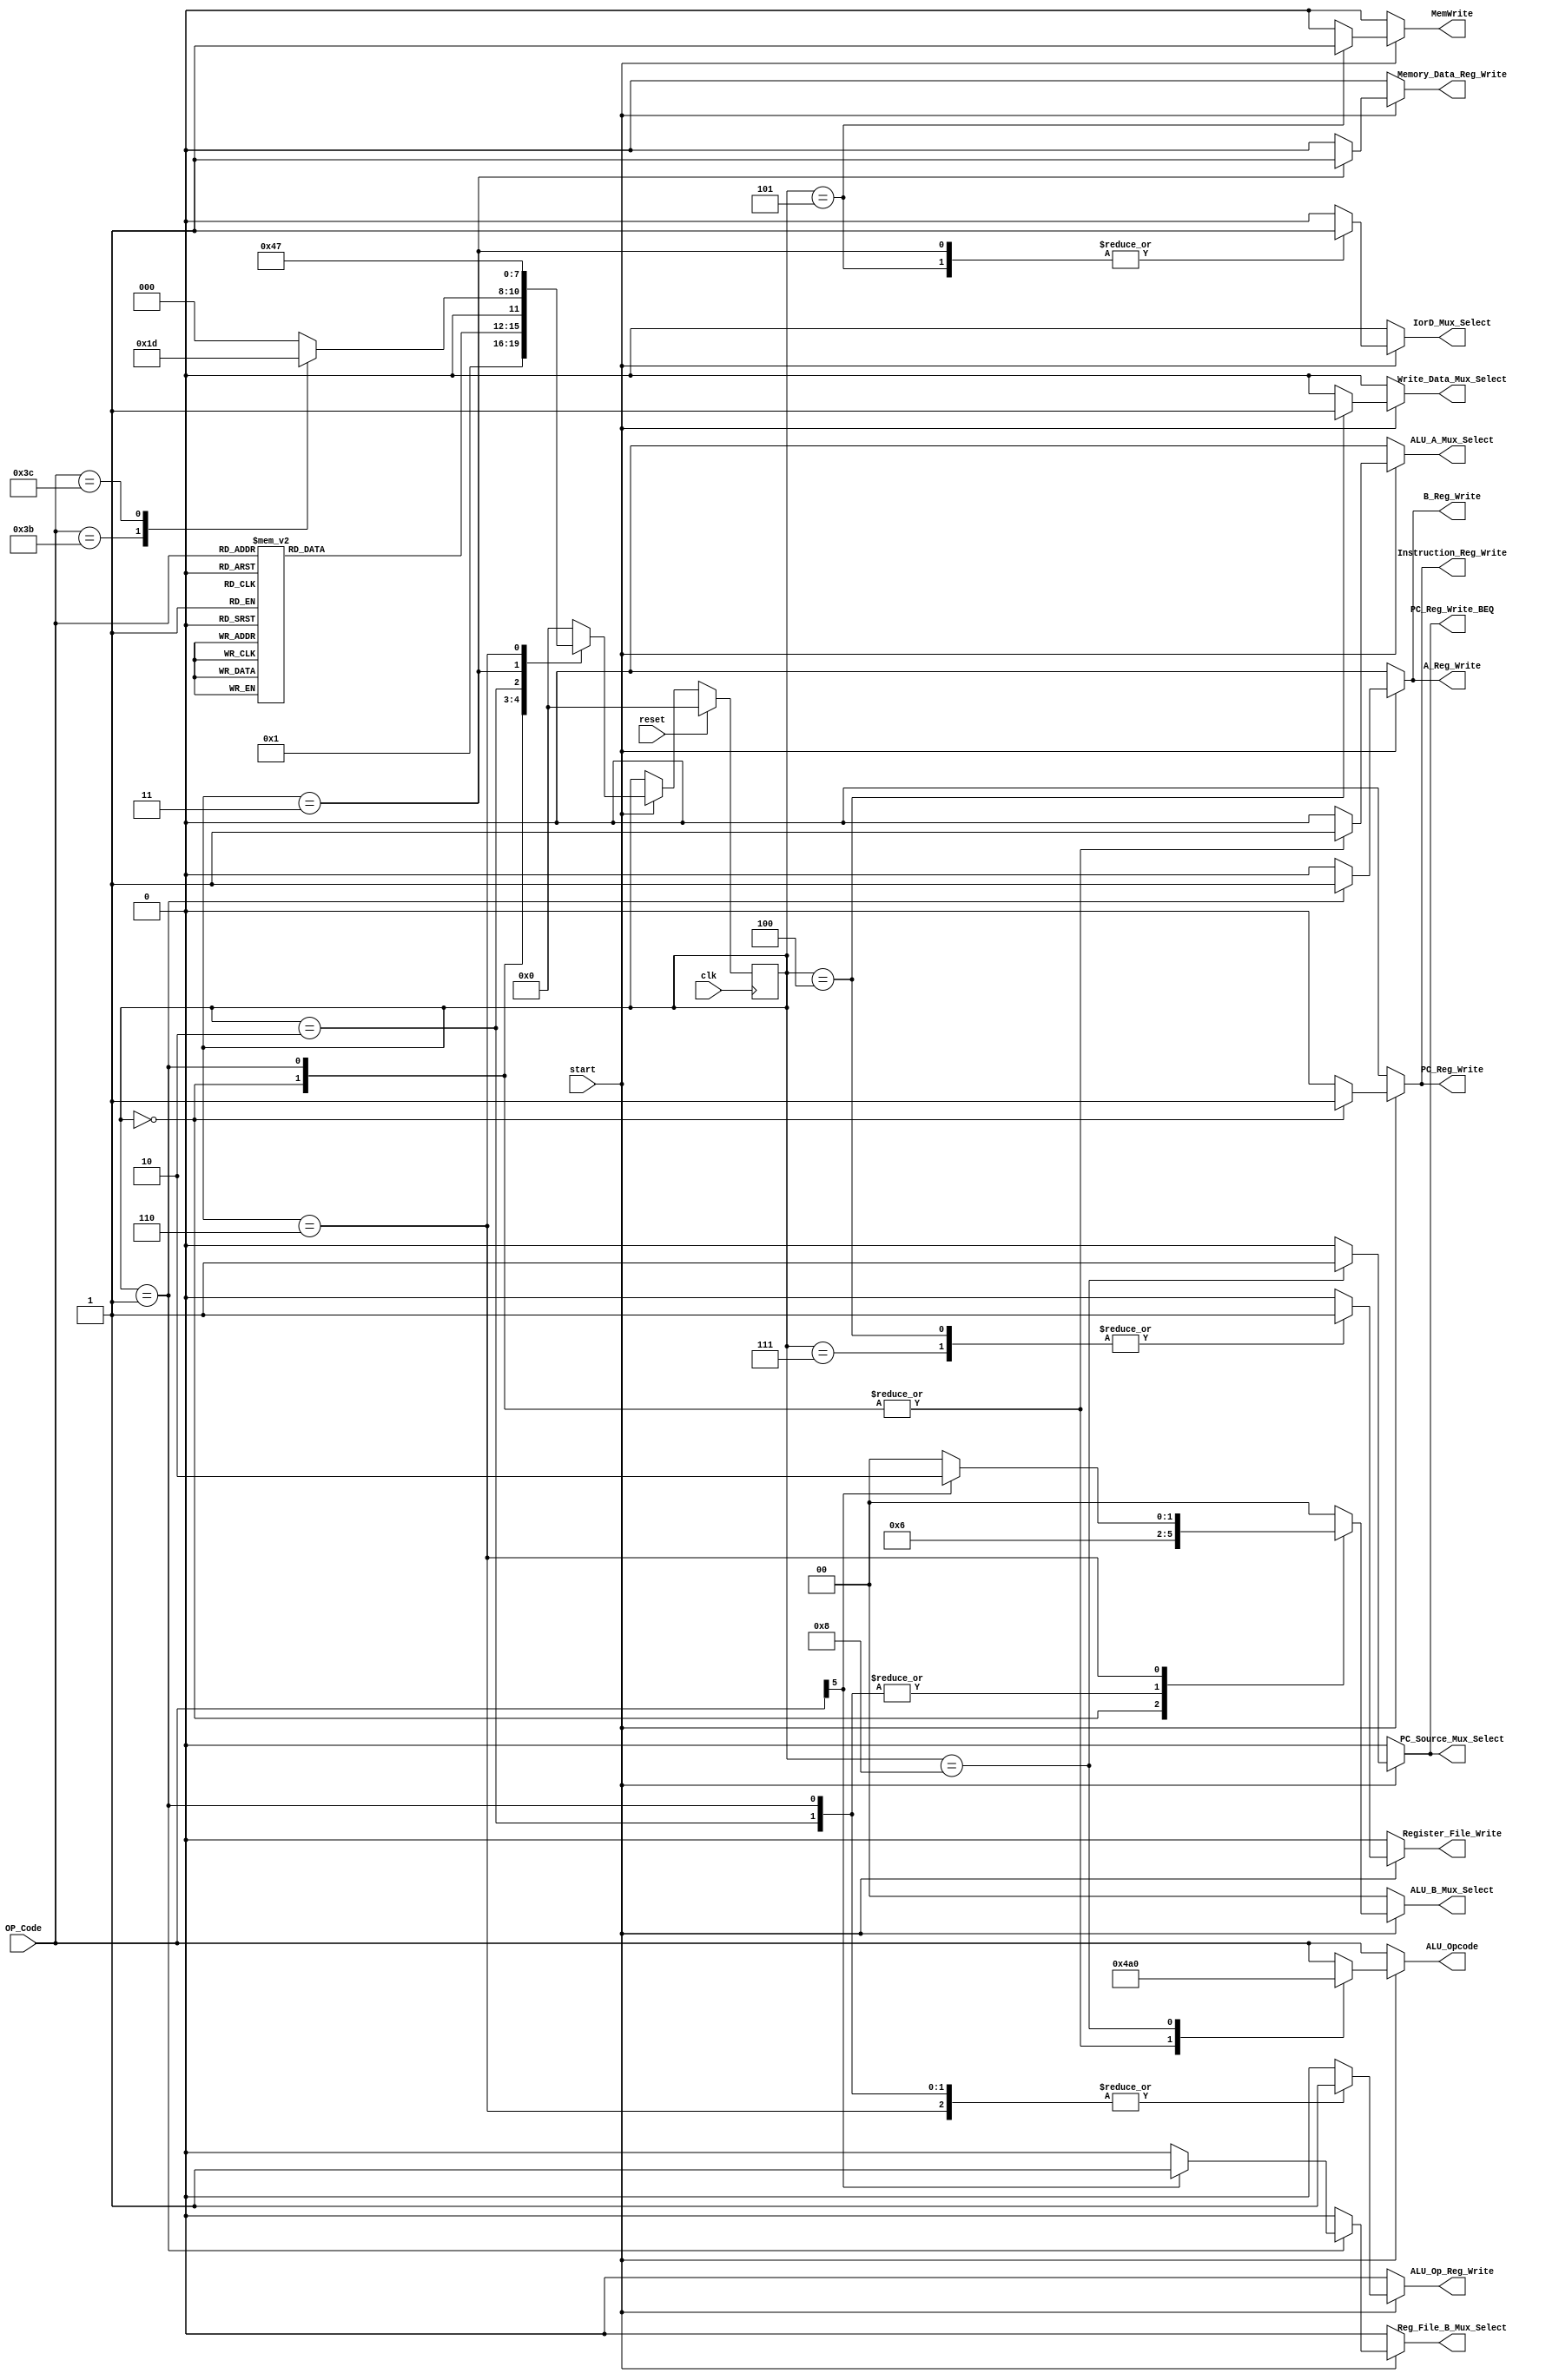
`timescale 1ns / 1ns
//////////////////////////////////////////////////////////////////////////////////
// 
// Module Name:    	Control_SM 
// Project Name:	Lab3 
// Description: 
//				Control logic used to signal datapath for each state.
// Revision: 
// Revision 0.01 - File Created
// Additional Comments: 
//
//////////////////////////////////////////////////////////////////////////////////
module Control_SM(OP_Code, MemWrite, PC_Reg_Write, PC_Reg_Write_BEQ, Instruction_Reg_Write, 
	Memory_Data_Reg_Write, A_Reg_Write, B_Reg_Write, ALU_Op_Reg_Write, 
	Register_File_Write, IorD_Mux_Select, Reg_File_B_Mux_Select, Write_Data_Mux_Select, 
	ALU_A_Mux_Select, ALU_B_Mux_Select, ALU_Opcode, PC_Source_Mux_Select, clk, reset, start);
// localparams used for state transistions
//localparam FETCH = 0, DECODE = 1, ALU_MEM_LOCATION = 2, MEM_READ = 3, REG_MEM_WRITE_BACK = 4;
//localparam MEM_STORE = 5, EXECUTE_ALU_RTYPE = 6, WRITE_BACK_RTYPE = 7, ALU_BRANCH = 8;
//
//// localparams for ALU Control logic
//localparam NOOP = 6'h0;
//localparam MOV = 6'h10, ADD = 6'h12, SUB = 6'h13, OR = 6'h14, AND = 6'h15;
//localparam BEQ = 6'h20;
//localparam ADDI = 6'h32, SUBI = 6'h33, ORI = 6'h34, ANDI = 6'h35;
//localparam LI = 6'h39, LWI = 6'h3B, SWI = 6'h3C;

input [5:0] OP_Code;
input clk, reset, start;
output MemWrite, PC_Reg_Write, PC_Reg_Write_BEQ, Instruction_Reg_Write, Memory_Data_Reg_Write;
reg MemWrite, PC_Reg_Write, PC_Reg_Write_BEQ, Instruction_Reg_Write, Memory_Data_Reg_Write;
output A_Reg_Write, B_Reg_Write, ALU_Op_Reg_Write, Register_File_Write;
reg A_Reg_Write, B_Reg_Write, ALU_Op_Reg_Write, Register_File_Write;
output IorD_Mux_Select, Reg_File_B_Mux_Select, Write_Data_Mux_Select, ALU_A_Mux_Select, PC_Source_Mux_Select;
reg IorD_Mux_Select, Reg_File_B_Mux_Select, Write_Data_Mux_Select, ALU_A_Mux_Select, PC_Source_Mux_Select;
output [1:0] ALU_B_Mux_Select;
reg [1:0] ALU_B_Mux_Select;
output [5:0] ALU_Opcode;
reg [5:0] ALU_Opcode;

reg [3:0] State, NextState;

// Go to next state every clock tick
always @(posedge clk)
begin
	if (reset)
		State <= 0;
	else
		if (start)
			State <= NextState;
		else
			State <= State;
end

// NextState Logic 
always @(OP_Code or State or NextState or reset or start)
begin
	case(State)
		0:
		begin
			NextState = 4'b0001;
		end
		4'b0001:
		begin
			case (OP_Code)
				6'h10, 6'h12, 6'h13, 6'h14, 6'h15,
					6'h32, 6'h33, 6'h34, 6'h35, 6'h39: 	NextState = 4'b0110;
				6'h20: 						NextState = 4'b1000;
				6'h3B, 6'h3C: 					NextState = 4'b0010;
				default: NextState = 0;
			endcase
		end
		4'b0010:
		begin
			case (OP_Code)
				6'h3B: NextState = 4'b0011;
				6'h3C: NextState = 4'b0101;
				default: NextState = 0;
			endcase
		end
		4'b0011:
		begin
			NextState = 4'b0100;
		end
		4'b0100:
		begin
			NextState = 0;
		end
		4'b0101:
		begin
			NextState = 0;
		end
		4'b0110:
		begin
			NextState = 4'b0111;
		end
		4'b0111:
		begin
			NextState = 0;
		end
		4'b1000:
		begin
			NextState = 0;
		end
		default: NextState = 0;
	endcase

end

// Moore state control logic
always @(OP_Code or State or NextState or reset or start)
begin

	MemWrite <= 0;
	PC_Reg_Write <= 0;
	PC_Reg_Write_BEQ <= 0;
	Instruction_Reg_Write <= 0;
	Memory_Data_Reg_Write <= 0;
	A_Reg_Write <= 0;
	B_Reg_Write <= 0;
	ALU_Op_Reg_Write <= 0;
	Register_File_Write <= 0;
	IorD_Mux_Select <= 0;
	Reg_File_B_Mux_Select <= 0;
	Write_Data_Mux_Select <= 0;
	ALU_A_Mux_Select <= 0;
	ALU_B_Mux_Select <= 0;
	PC_Source_Mux_Select <= 0;
	ALU_Opcode <= OP_Code;

	if (start)
	begin
		case(State)
			0:
			begin
				// Get the next instruction and increment PC
				Instruction_Reg_Write <= 1;
				ALU_A_Mux_Select <= 1;
				ALU_B_Mux_Select <= 1;
				ALU_Opcode <= 6'h12;
				PC_Reg_Write <= 1;
			end
			4'b0001:
			begin
				// Send instruction register to register file and increment PC
				// with immediate for branch instructions
				if (OP_Code[5] == 1)
					Reg_File_B_Mux_Select <= 1;
				A_Reg_Write <= 1;
				B_Reg_Write <= 1;
				ALU_A_Mux_Select <= 1;
				ALU_B_Mux_Select <= 2;
				ALU_Opcode <= 6'h12;
				ALU_Op_Reg_Write <= 1;
			end
			4'b0010:
			begin
				// Store Memory location in ALU Register
				ALU_B_Mux_Select <= 2;
				ALU_Op_Reg_Write <= 1;
			end
			4'b0011:
			begin
				// Read memory and store in data register
				IorD_Mux_Select <= 1;
				Memory_Data_Reg_Write <= 1;
			end
			4'b0100:
			begin
				// Write Memory into register file
				Write_Data_Mux_Select <= 1;
				Register_File_Write <= 1;
			end
			4'b0101:
			begin
				// Write register into memory address
				IorD_Mux_Select <= 1;
				MemWrite <= 1;
			end
			4'b0110:
			begin
				// Perform ALU operation save into ALU reg
				if (OP_Code[5] == 1)
				begin
					if (OP_Code == 6'h32 || OP_Code == 6'h33)
						ALU_B_Mux_Select <= 3;
					ALU_B_Mux_Select <= 2;
				end
				ALU_Op_Reg_Write <= 1;
			end
			4'b0111:
			begin
				// Write back ALU reg into register file
				Register_File_Write <= 1;
			end
			4'b1000:
			begin
				// Check branch condition and change pc if true
				ALU_Opcode <= 6'h20;
				PC_Reg_Write_BEQ <= 1;
				PC_Source_Mux_Select <= 1;
			end
			default:
			begin
			end
		endcase
	end
end

endmodule